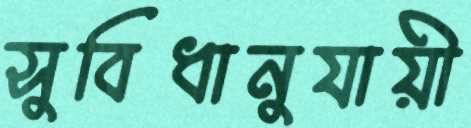
সুবিধানুযায়ী